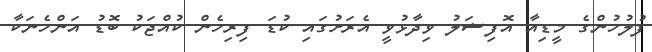
ފުލުހުންގެ މީޑިއާ އޮފިޝަލު ވިދާޅުވީ އެރަށުގައި ކުޑަ ފިރިހެން ކުއްޖަކު ބޮޑު އަންހެނަކާ